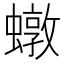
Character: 𧑒